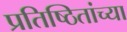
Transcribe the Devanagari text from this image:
प्रतिष्ठितांच्या